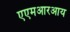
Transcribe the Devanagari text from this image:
एएमआरआय